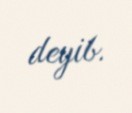
deyib.